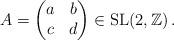
LaTeX: \begin{align*} A=\begin{pmatrix}a & b \\c & d \\\end{pmatrix}\in \mathrm{SL}(2,\mathbb{Z})\,.\end{align*}